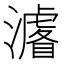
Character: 𭳁